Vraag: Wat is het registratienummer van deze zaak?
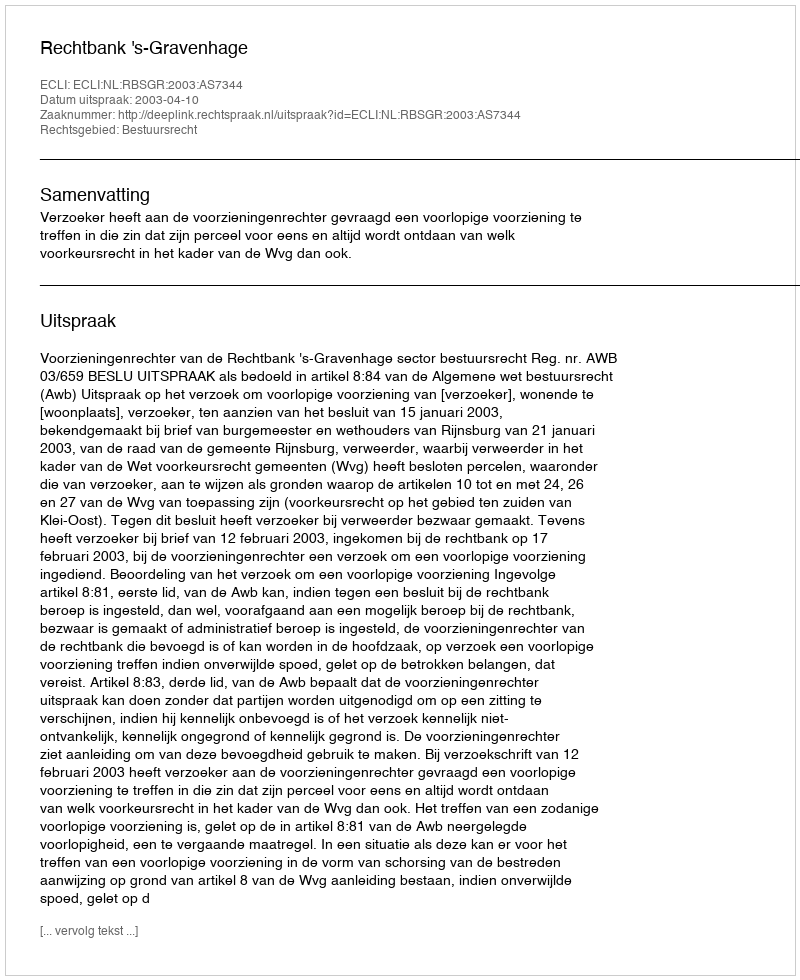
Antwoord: http://deeplink.rechtspraak.nl/uitspraak?id=ECLI:NL:RBSGR:2003:AS7344